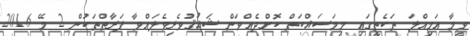
ވީމާ އަމިއްލަ ތަކެތީގައި މިމަސައްކަތް ކޮށްދެއްވަން ޝައުޤުވެރިވެލައްވާ ފަރާތްތަކުން 2 މޭ 2016